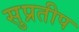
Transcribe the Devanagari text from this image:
सुप्रतीप